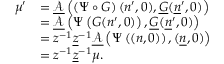
\begin{array} { r l } { \mu ^ { \prime } } & { = \underline { { \mathcal A } } \left( \left( \Psi \circ G \right) ( n ^ { \prime } , 0 ) , \underline { G } ( \underline { n } ^ { \prime } , 0 ) \right) } \\ & { = \underline { { \mathcal A } } \left( \Psi \left( G ( n ^ { \prime } , 0 ) \right) , \underline { G } ( \underline { n } ^ { \prime } , 0 ) \right) } \\ & { = z ^ { - 1 } \underline { z } ^ { - 1 } \underline { { \mathcal A } } \left( \Psi \left( ( n , 0 ) \right) , ( \underline { n } , 0 ) \right) } \\ & { = z ^ { - 1 } \underline { z } ^ { - 1 } \mu . } \end{array}